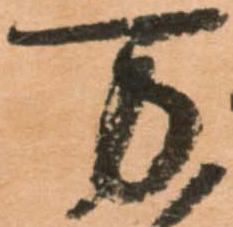
万